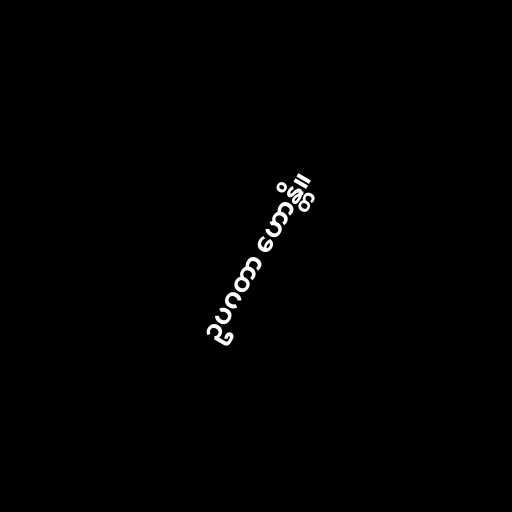
ဥပဂတာ ဟောန္တိ။